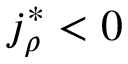
j _ { \rho } ^ { \ast } < 0